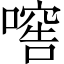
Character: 𱔫